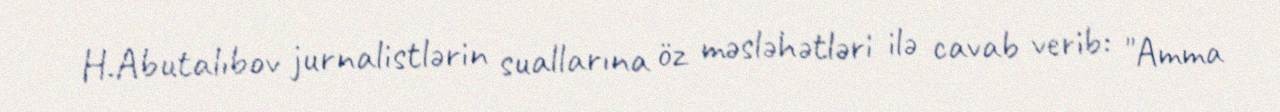
H.Abutalıbov jurnalistlərin suallarına öz məsləhətləri ilə cavab verib: "Amma